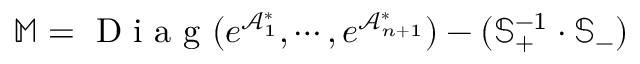
{ \mathbb { M } = \mathrm { ~ D ~ i ~ a ~ g ~ } ( e ^ { \mathcal { A } _ { 1 } ^ { \ast } } , \cdots , e ^ { \mathcal { A } _ { n + 1 } ^ { \ast } } ) - ( \mathbb { S } _ { + } ^ { - 1 } \cdot \mathbb { S } _ { - } ) }